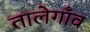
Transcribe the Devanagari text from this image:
तालेगाँव